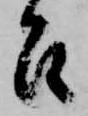
召